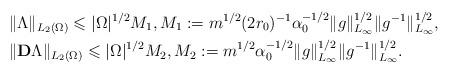
LaTeX: \begin{align*}&\Vert \Lambda \Vert _{L_2(\Omega)}\leqslant \vert \Omega \vert ^{1/2} M_1,M_1:= m^{1/2}(2r_0)^{-1}\alpha _0^{-1/2}\Vert g\Vert ^{1/2}_{L_\infty}\Vert g^{-1}\Vert ^{1/2}_{L_\infty},\\&\Vert \mathbf{D}\Lambda \Vert _{L_2(\Omega)}\leqslant \vert \Omega \vert ^{1/2} M_2,M_2:= m^{1/2}\alpha _0^{-1/2}\Vert g\Vert ^{1/2}_{L_\infty}\Vert g^{-1}\Vert ^{1/2}_{L_\infty}.\end{align*}